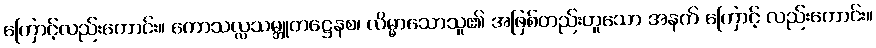
ကြောင့်လည်းကောင်း။ ကောသလ္လသမ္ဘူတဋ္ဌေနစ၊ လိမ္မာသောသူ၏ အဖြစ်တည်းဟူသော အနက် ကြောင့် လည်းကောင်း။